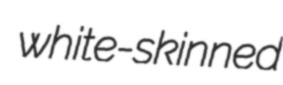
white-skinned